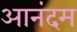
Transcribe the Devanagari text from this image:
आनंदम